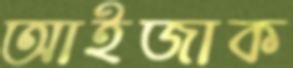
আইজাক